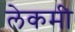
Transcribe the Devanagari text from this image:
लेकमी